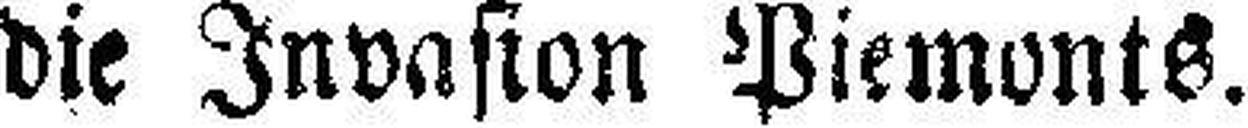
die Invasion Piemonts.